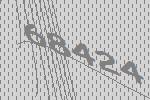
68424